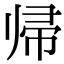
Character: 帰